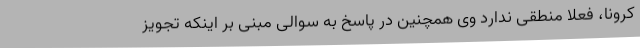
کرونا، فعلا منطقی ندارد وی همچنین در پاسخ به سوالی مبنی بر اینکه تجویز